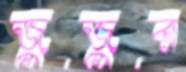
জুজুর